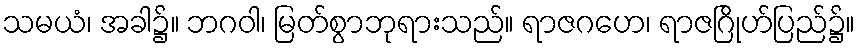
သမယံ၊ အခါ၌။ ဘဂဝါ၊ မြတ်စွာဘုရားသည်။ ရာဇဂဟေ၊ ရာဇဂြိုဟ်ပြည်၌။